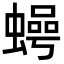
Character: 𮔵